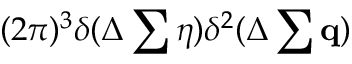
( 2 \pi ) ^ { 3 } \delta ( \Delta \sum \eta ) \delta ^ { 2 } ( \Delta \sum { \bf q } )